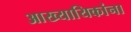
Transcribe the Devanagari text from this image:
आख्यायिकांना